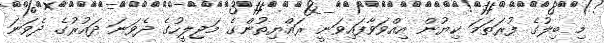
މި ބިލުގެ ފުރަތަމަ ކިޔުން އިއްވަވާފައިވަނީ ރައްޔިތުންގެ މަޖިލީހުގެ ދެވަނަ ދައުރުގެ ދެވަނަ